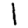
Digit: 1